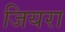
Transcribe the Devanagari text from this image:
जियरा